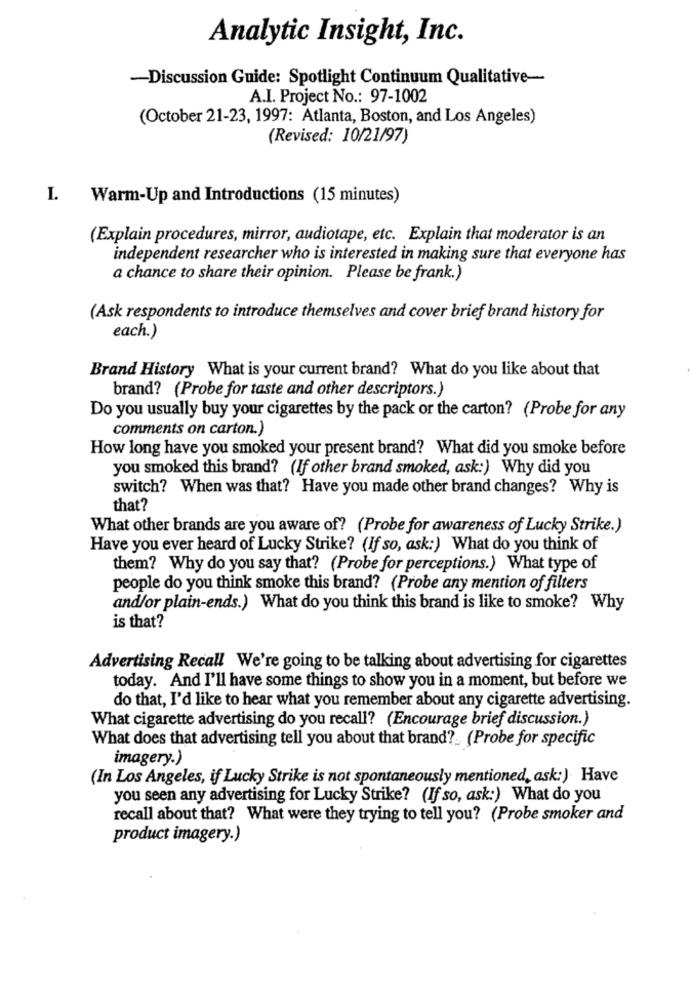
Analytic Insight, Inc.
-Discussion Guide: Spotlight Continuum Qualitative-
A.I. Project No .: 97-1002
(October 21-23, 1997: Atlanta, Boston, and Los Angeles)
(Revised: 10/21/97)
I. Warm-Up and Introductions (15 minutes)
(Explain procedures, mirror, audiotape, etc. Explain that moderator is an
independent researcher who is interested in making sure that everyone has
a chance to share their opinion. Please be frank.)
(Ask respondents to introduce themselves and cover brief brand history for
each.)
Brand History What is your current brand? What do you like about that
brand? (Probe for taste and other descriptors.)
Do you usually buy your cigarettes by the pack or the carton? (Probe for any
comments on carton.)
How long have you smoked your present brand? What did you smoke before
you smoked this brand? (If other brand smoked, ask:) Why did you
switch? When was that? Have you made other brand changes? Why is
that?
What other brands are you aware of? (Probe for awareness of Lucky Strike.)
Have you ever heard of Lucky Strike? (If so, ask:) What do you think of
them? Why do you say that? (Probe for perceptions.) What type of
people do you think smoke this brand? (Probe any mention of filters
and/or plain-ends.) What do you think this brand is like to smoke? Why
is that?
Advertising Recall We're going to be talking about advertising for cigarettes
today. And I'll have some things to show you in a moment, but before we
do that, I'd like to hear what you remember about any cigarette advertising.
What cigarette advertising do you recall? (Encourage brief discussion.)
What does that advertising tell you about that brand ?_ (Probe for specific
imagery.)
(In Los Angeles, if Lucky Strike is not spontaneously mentioned, ask:) Have
you seen any advertising for Lucky Strike? (If so, ask:) What do you
recall about that? What were they trying to tell you? (Probe smoker and
product imagery.)